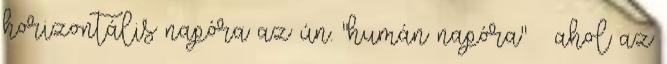
horizontális napóra az ún. "humán napóra" — ahol az